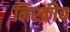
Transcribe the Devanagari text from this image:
निश्क्रीय